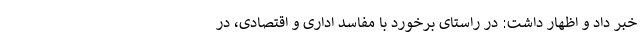
خبر داد و اظهار داشت: در راستای برخورد با مفاسد اداری و اقتصادی، در